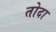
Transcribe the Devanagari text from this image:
तोदा